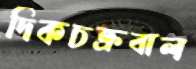
দিকচক্রবাল